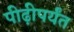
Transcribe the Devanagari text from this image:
पीढ़ीपर्यंत